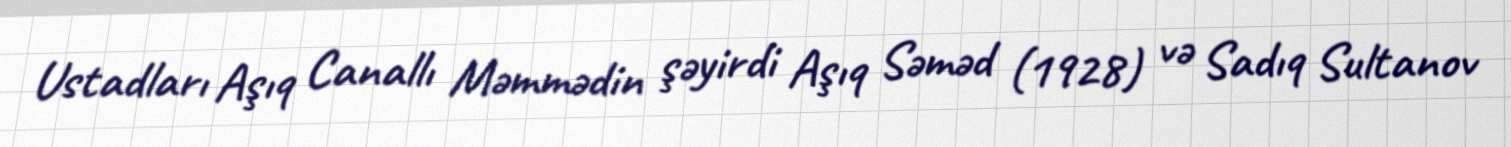
Ustadları Aşıq Canallı Məmmədin şəyirdi Aşıq Səməd (1928) və Sadıq Sultanov